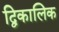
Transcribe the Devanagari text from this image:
द्विकालिक